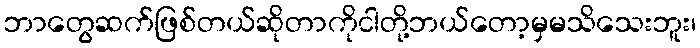
ဘာတွေဆက်ဖြစ်တယ်ဆိုတာကိုငါတို့ဘယ်တော့မှမသိသေးဘူး၊